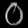
Digit: ၀